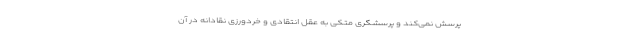
پرسش نمی‌کند و پرسشگری متکی به عقل انتقادی و خردورزی نقادانه در آن